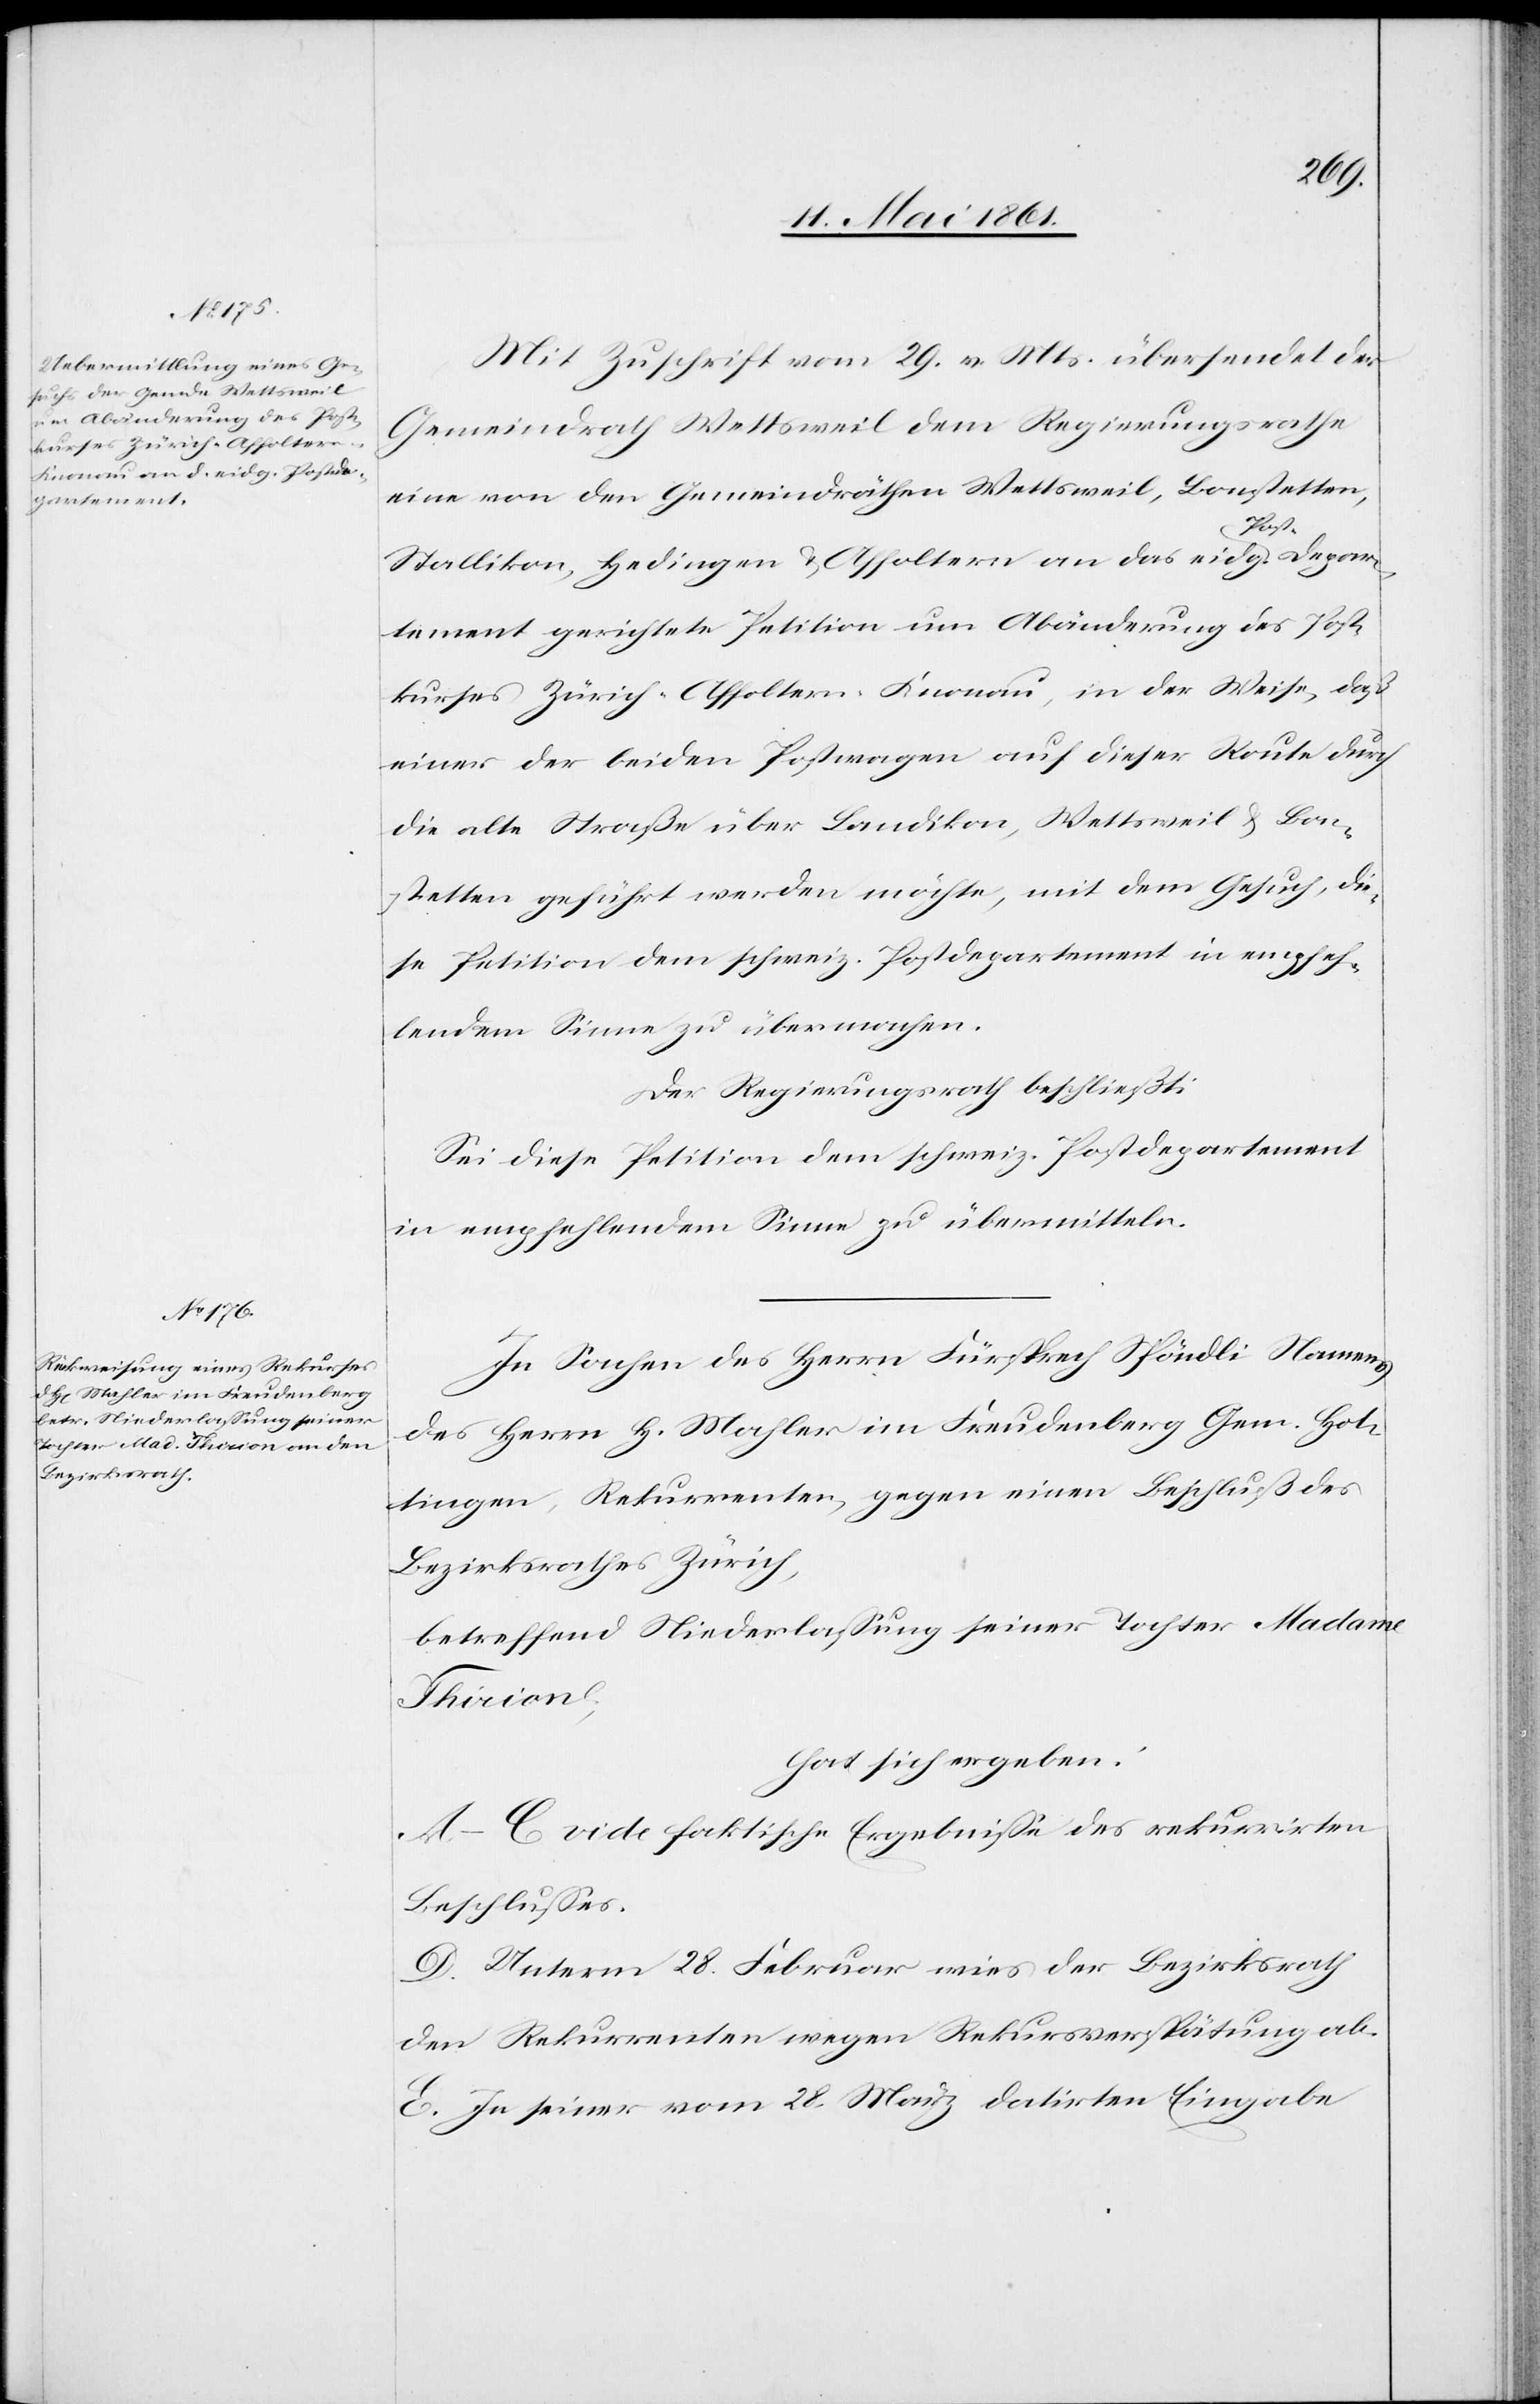
Mit Zuschrift vom 29. v. Mts. übersendet der
Gemeindrath Wettsweil dem Regierungsrathe
eine von den Gemeindräthen Wettsweil, Bonstetten,
Stallikon, Hedingen u. Affoltern an das eidg. Post-Depar¬
tement gerichtete Petition um Abänderung des Post¬
kurses Zürich-Affoltern-Knonau, in der Weise, daß
einer der beiden Postwagen auf dieser Route durch
die alte Straße über Bendikon, Wettsweil u. Bon¬
stetten geführt werden möchte, mit dem Gesuch, die¬
se Petition dem schweiz. Postdepartement in empfeh¬
lendem Sinne zu übermachen.
Der Regierungsrath beschließt:
Sei diese Petition dem schweiz. Postdepartement
in empfehlendem Sinne zu übermitteln.
In Sachen des Herrn Fürsprech Spöndli Namens
des Herrn H. Mahler im Freudenberg Gem. Hot¬
tingen, Rekurrenten, gegen einen Beschluß des
Bezirksrathes Zürich,
betreffend Niederlassung seiner Tochter Madame
Thirion,
hat sich ergeben:
A–C. vide faktische Ergebnisse des rekurrirten
Beschlusses.
D. Unterm 28. Februar wies der Bezirksrath
den Rekurrenten wegen Rekursverspätung ab.
E. In seiner vom 28. März datirten Eingabe